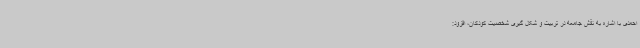
احمدی با اشاره به نقش جامعه در تربیت و شکل گیری شخصیت کودکان، افزود: